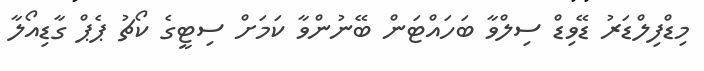
މިޑްފިލްޑަރު ޑޭވިޑް ސިލްވާ ބަހައްޓަން ބޭނުންވާ ކަމަށް ސިޓީގެ ކޯޗު ޕެޕް ގާޑިއޯލާ